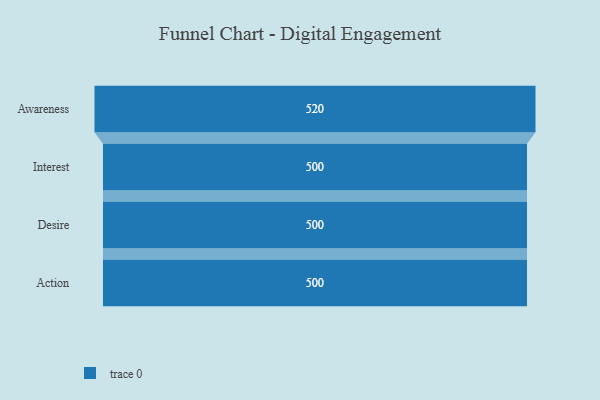
{"axis": {"x": "Stage", "y": "Value"}, "legend": [""], "data": [{"x": "Awareness", "y": 520.0, "type": ""}, {"x": "Interest", "y": 500, "type": ""}, {"x": "Desire", "y": 500, "type": ""}, {"x": "Action", "y": 500, "type": ""}]}